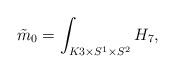
LaTeX: \begin{align*}\tilde m_0=\int_{K3\times S^1\times S^2} H_7,\end{align*}